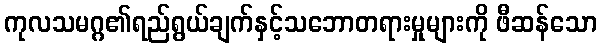
ကုလသမဂ္ဂ၏ရည်ရွယ်ချက်နှင့်သဘောတရားမှုများကို ဖီဆန်သော